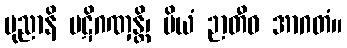
ပုညာနိ ပဋိဂဏှန္တိ၊ ပိယံ ဉာတီဝ အာဂတံ။